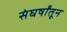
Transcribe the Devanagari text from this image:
संघर्षांतून